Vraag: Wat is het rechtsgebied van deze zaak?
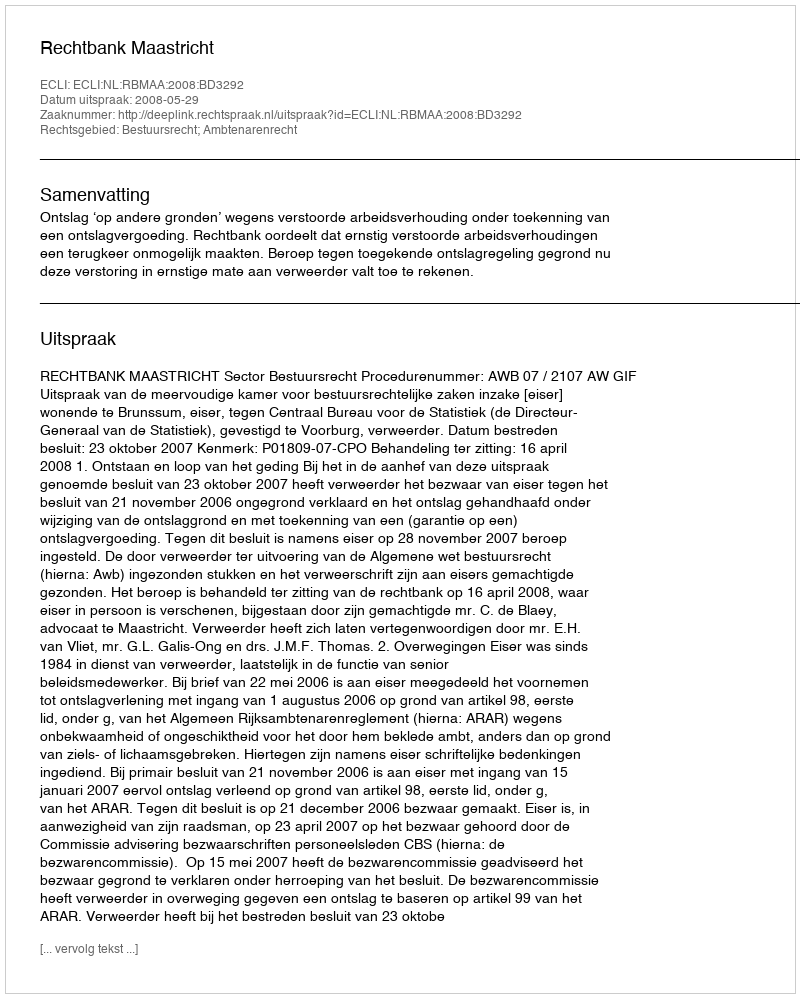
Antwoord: Bestuursrecht; Ambtenarenrecht